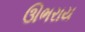
ઊભરાય